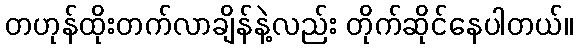
တဟုန်ထိုးတက်လာချိန်နဲ့လည်း တိုက်ဆိုင်နေပါတယ်။